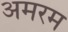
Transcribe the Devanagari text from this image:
अमरम